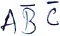
Text: ABC